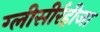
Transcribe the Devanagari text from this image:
ग्‍लीसीर्रहीजा